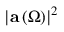
\left\vert \mathbf { a } \left( \Omega \right) \right\vert ^ { 2 }